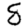
Digit: 8